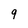
Character: 9